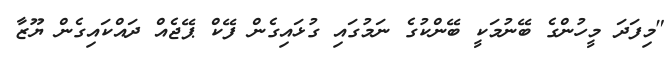
"މިފަދަ މީހުންގެ ބޭނުމަކީ ބޭންކުގެ ނަމުގައި ގުޅައިގެން ފޭކް ޕޭޖެއް ދައްކައިގެން ޔޫޒާ